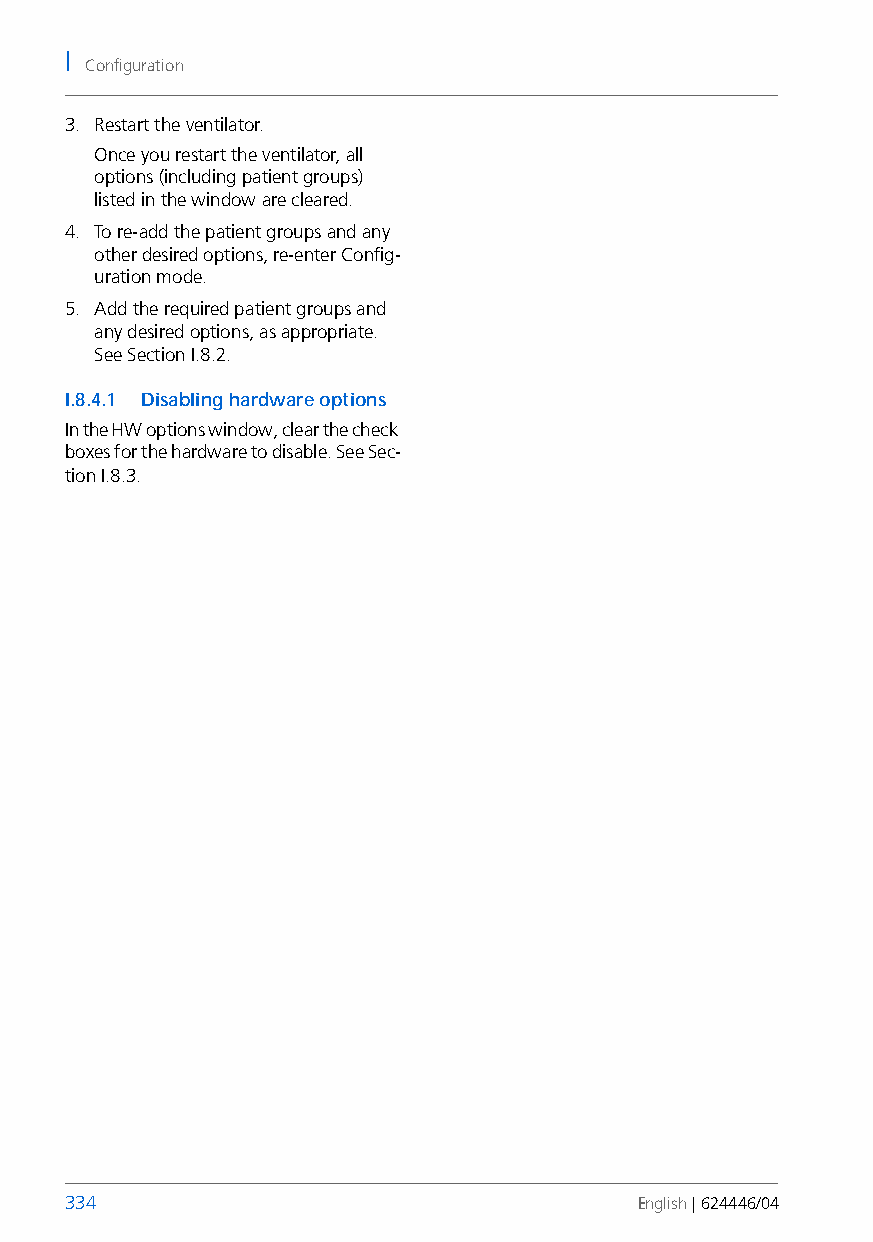
I
 Configuration
 3. Restart the ventilator.
 Once you restart the ventilator, all
 options (including patient groups)
 listed in the window are cleared.
 4. To re-add the patient groups and any
 other desired options, re-enter Config-
 uration mode.
 5. Add the required patient groups and
 any desired options, as appropriate.
 See Section I.8.2.
 I.8.4.1 Disabling hardware options
 In the HW options window, clear the check
 boxes for the hardware to disable. See Sec-
 tion I.8.3.
 334                                   English | 624446/04